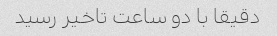
دقیقا با دو ساعت تاخیر رسید